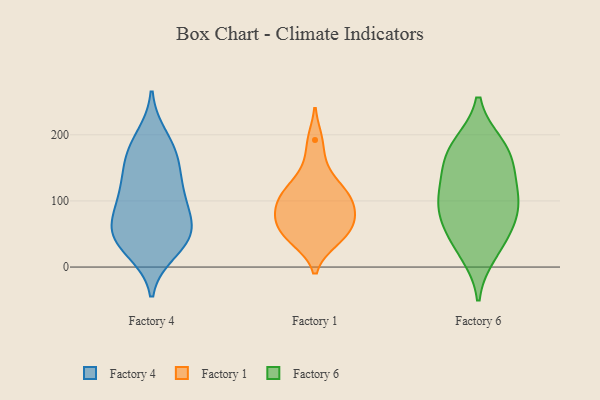
{"axis": {"x": "Satisfaction Score", "y": "Value"}, "legend": ["Factory 1", "Factory 4", "Factory 6"], "data": [{"x": "", "y": 25, "type": "Factory 4"}, {"x": "", "y": 55, "type": "Factory 4"}, {"x": "", "y": 61, "type": "Factory 4"}, {"x": "", "y": 40, "type": "Factory 4"}, {"x": "", "y": 179, "type": "Factory 4"}, {"x": "", "y": 131, "type": "Factory 4"}, {"x": "", "y": 160, "type": "Factory 4"}, {"x": "", "y": 111, "type": "Factory 4"}, {"x": "", "y": 108, "type": "Factory 4"}, {"x": "", "y": 39, "type": "Factory 4"}, {"x": "", "y": 163, "type": "Factory 4"}, {"x": "", "y": 196, "type": "Factory 4"}, {"x": "", "y": 72, "type": "Factory 4"}, {"x": "", "y": 46, "type": "Factory 4"}, {"x": "", "y": 96, "type": "Factory 4"}, {"x": "", "y": 192, "type": "Factory 1"}, {"x": "", "y": 77, "type": "Factory 1"}, {"x": "", "y": 65, "type": "Factory 1"}, {"x": "", "y": 85, "type": "Factory 1"}, {"x": "", "y": 39, "type": "Factory 1"}, {"x": "", "y": 54, "type": "Factory 1"}, {"x": "", "y": 108, "type": "Factory 1"}, {"x": "", "y": 112, "type": "Factory 1"}, {"x": "", "y": 70, "type": "Factory 1"}, {"x": "", "y": 120, "type": "Factory 1"}, {"x": "", "y": 151, "type": "Factory 1"}, {"x": "", "y": 39, "type": "Factory 1"}, {"x": "", "y": 101, "type": "Factory 1"}, {"x": "", "y": 61, "type": "Factory 6"}, {"x": "", "y": 148, "type": "Factory 6"}, {"x": "", "y": 184, "type": "Factory 6"}, {"x": "", "y": 119, "type": "Factory 6"}, {"x": "", "y": 163, "type": "Factory 6"}, {"x": "", "y": 181, "type": "Factory 6"}, {"x": "", "y": 87, "type": "Factory 6"}, {"x": "", "y": 100, "type": "Factory 6"}, {"x": "", "y": 93, "type": "Factory 6"}, {"x": "", "y": 22, "type": "Factory 6"}, {"x": "", "y": 42, "type": "Factory 6"}]}